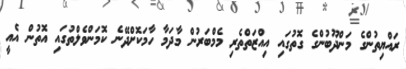
ރައްޔިތުންގެ މަންދޫބުންގެ ގޮތުގައި އިއްޒަތްތެރި މެމްބަރުން މާދަމާ ހާމަކޮށްދޭނެ ކޮމަންވެލްތުގައި އޮތުން އެއީ